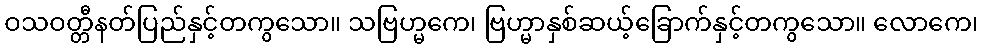
ဝသဝတ္တီနတ်ပြည်နှင့်တကွသော။ သဗြဟ္မကေ၊ ဗြဟ္မာနှစ်ဆယ့်ခြောက်နှင့်တကွသော။ လောကေ၊